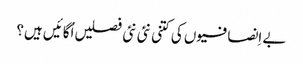
بے اِنصافیوں کی کتنی نئی نئی فصلیں اُگائیں ہیں؟